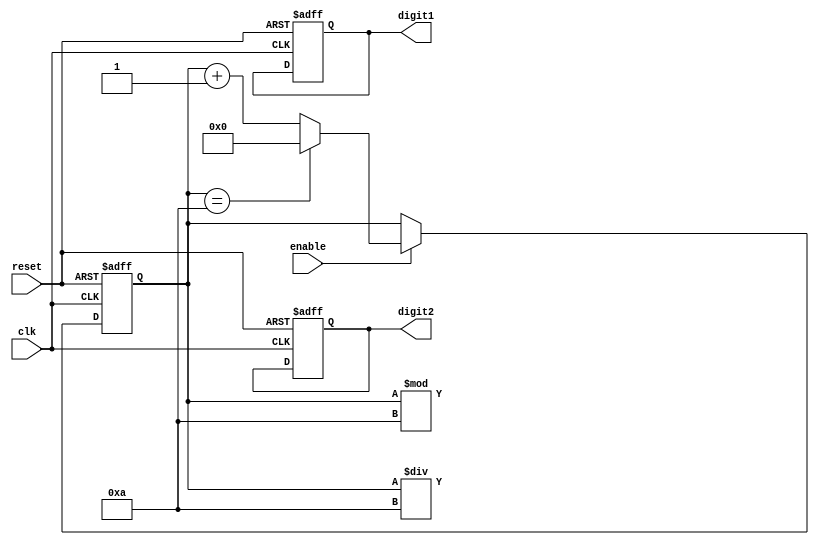
module BCD_counter(
    input clk,
    input reset,
    input enable,
    output reg [3:0] digit1,
    output reg [3:0] digit2
);

reg [3:0] count;

always @(posedge clk or posedge reset) begin
    if (reset) begin
        count <= 4'b0000;
        digit1 <= 4'b0000;
        digit2 <= 4'b0000;
    end else if (enable) begin
        count <= count + 1;
        if (count == 4'd10) begin
            count <= 4'b0000;
        end
    end
end

assign digit1 = count / 10;
assign digit2 = count % 10;

endmodule